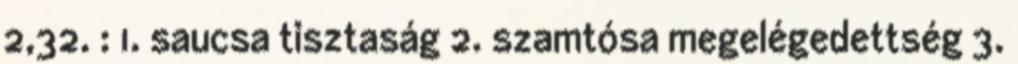
2,32. : 1. saucsa tisztaság 2. szamtósa megelégedettség 3.